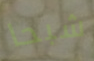
شبحا